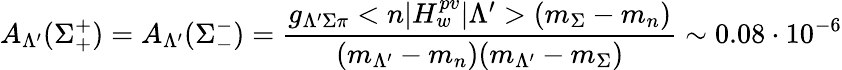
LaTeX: A_{\Lambda^{\prime}}(\Sigma_{+}^{+})=A_{\Lambda^{\prime}}(\Sigma_{-}^{-})=\frac{g_{\Lambda^{\prime}\Sigma\pi}<n|H_{w}^{pv}|\Lambda^{\prime}>(m_{\Sigma}-m_{n})}{(m_{\Lambda^{\prime}}-m_{n})(m_{\Lambda^{\prime}}-m_{\Sigma})}\sim 0.08\cdot 10^{-6}